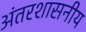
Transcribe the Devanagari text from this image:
अंतरशासनीय